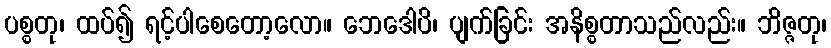
ပစ္စတု၊ ထပ်၍ ရင့်ပါစေတော့လော။ ဘေဒေါပိ၊ ပျက်ခြင်း အနိစ္စတာသည်လည်း။ ဘိဇ္ဇတု၊